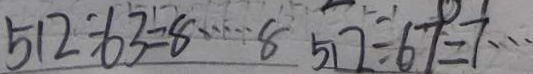
5 1 2 \div 6 3 = 8 \cdots 8 5 1 2 \div 6 7 = 7 \cdots